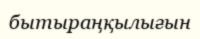
бытыраңқылығын